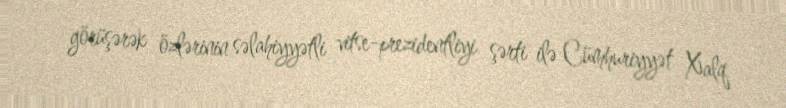
görüşərək özlərinin səlahiyyətli vitse-prezidentliyi şərti ilə Cümhuriyyət Xalq